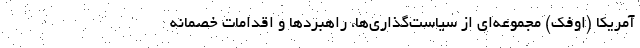
آمریکا (اوفک) مجموعه‌ای از سیاست‌گذاری‌ها، راهبردها و اقدامات خصمانه